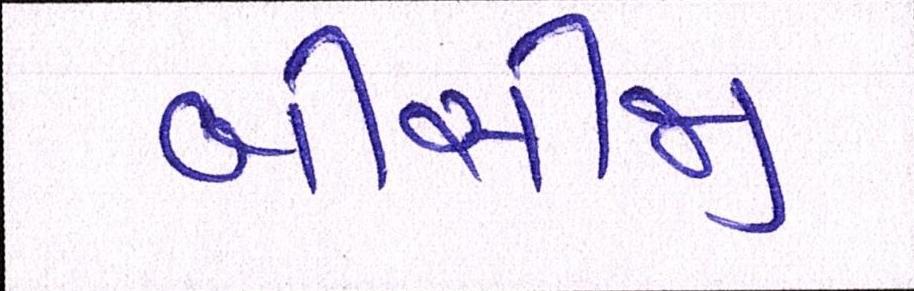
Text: બીસીજી